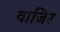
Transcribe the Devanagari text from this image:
वाजिर